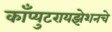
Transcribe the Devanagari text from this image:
काँप्युटरायझेशनचे